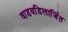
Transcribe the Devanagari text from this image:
वाडवडिलार्जित